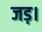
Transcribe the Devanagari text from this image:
जड़।